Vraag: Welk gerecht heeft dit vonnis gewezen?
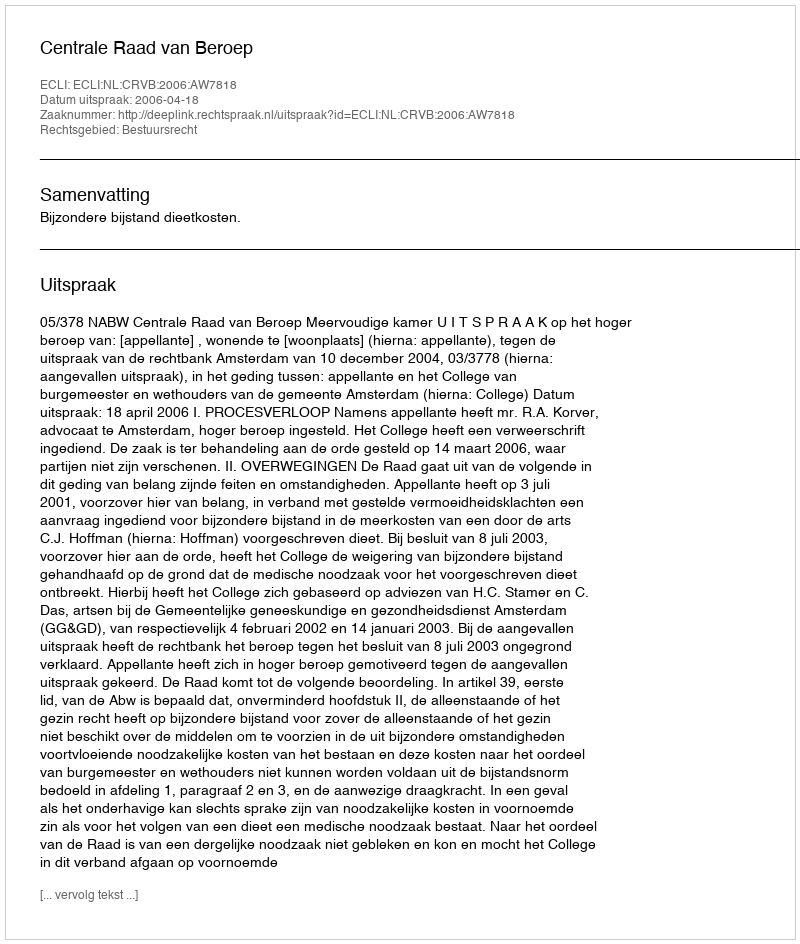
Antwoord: Centrale Raad van Beroep